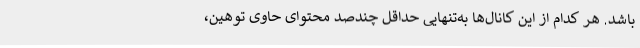
باشد. هر کدام از این کانال‌ها به‌تنهایی حداقل چندصد محتوای حاوی توهین،